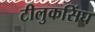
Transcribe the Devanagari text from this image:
टीलुकसिंघ